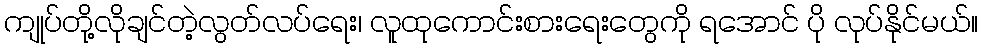
ကျုပ်တို့လိုချင်တဲ့လွတ်လပ်ရေး၊ လူထုကောင်းစားရေးတွေကို ရအောင် ပို လုပ်နိုင်မယ်။